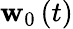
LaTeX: \mathbf{w}_{0}\left(t\right)